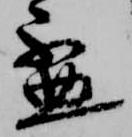
盃